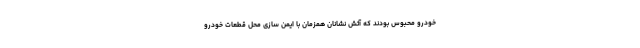
خودرو محبوس بودند که آتش نشانان همزمان با ایمن سازی محل قطعات خودرو